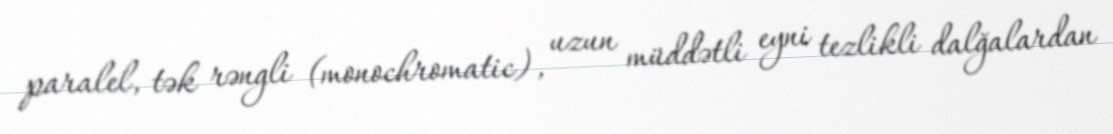
paralel, tək rəngli (monochromatic), uzun müddətli eyni tezlikli dalğalardan